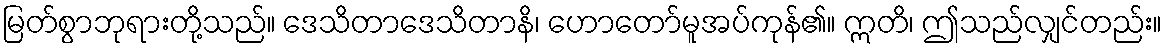
မြတ်စွာဘုရားတို့သည်။ ဒေသိတာဒေသိတာနိ၊ ဟောတော်မူအပ်ကုန်၏။ ဣတိ၊ ဤသည်လျှင်တည်း။